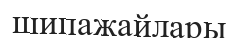
шипажайлары